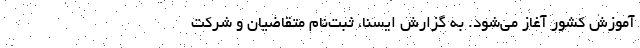
آموزش کشور آغاز می‌شود. به گزارش ایسنا، ثبت‌نام متقاضیان‌ و شرکت‌